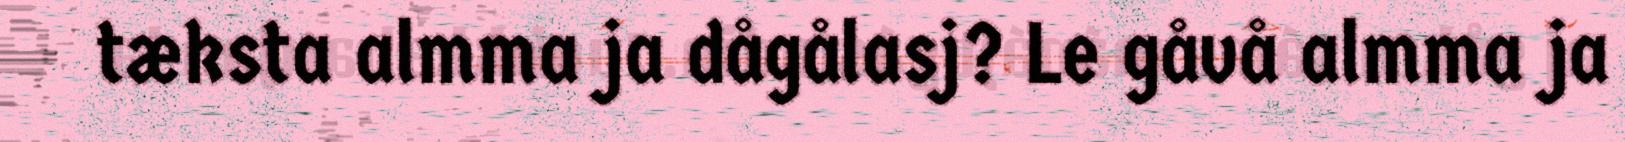
tæksta almma ja dågålasj? Le gåvå almma ja